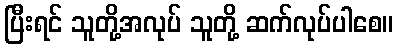
ပြီးရင် သူတို့အလုပ် သူတို့ ဆက်လုပ်ပါစေ။